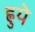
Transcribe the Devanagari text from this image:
ह्रुये